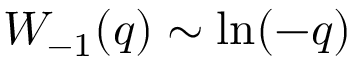
W _ { - 1 } ( q ) \sim \ln ( - q )